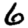
Digit: 6